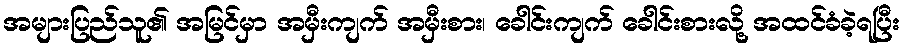
အများပြည်သူ၏ အမြင်မှာ အမှီးကျက် အမှီးစား၊ ခေါင်းကျက် ခေါင်းစားလို့ အထင်ခံခဲ့ရပြီး